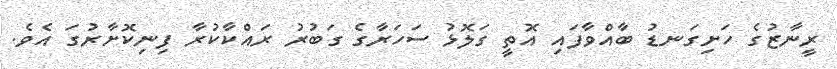
ރީނާޒުގެ ހަށިގަނޑު ބާއްވާފައި އޮތީ ގަލޮޅު ސަހަރާގެ ގަބުރު ރައްކާކުރާ ފިނިކޮށާރުގަ އެވެ.